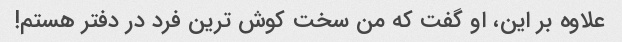
علاوه بر این، او گفت که من سخت کوش ترین فرد در دفتر هستم!